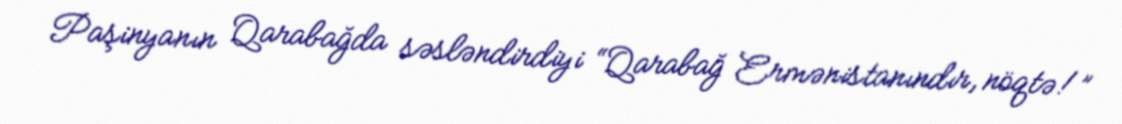
Paşinyanın Qarabağda səsləndirdiyi “Qarabağ Ermənistanındır, nöqtə!”